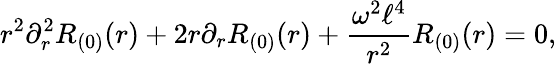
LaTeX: r^{2}\partial_{r}^{2}R_{(0)}(r)+2r\partial_{r}R_{(0)}(r)+\frac{\omega^{2}\ell^{4}}{r^{2}}R_{(0)}(r)=0,